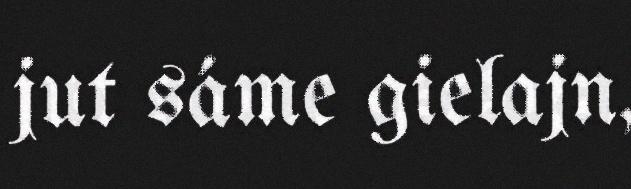
jut sáme gielajn,